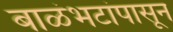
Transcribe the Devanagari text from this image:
बाळंभटांपासून